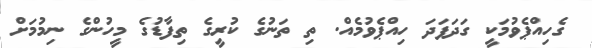
ގެހިއްޕެވުމަކީ ގަދަފަދަ ހިއްޕެވުމެއް. ތި ތަނުގެ ކުރީގެ ތިފާޑުގެ މީހުންގެ ނިމުމަށް